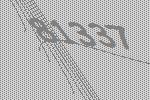
81337